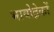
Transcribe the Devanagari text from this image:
भावोद्रेकों